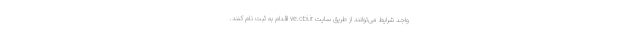
واجد شرایط می‌توانند از طریق سایت ve.cbi.ir اقدام به ثبت نام ‌کنند.